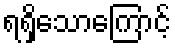
ရရှိသောကြောင့်